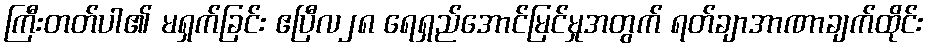
ကြီးတတ်ပါ၏ မရှက်ခြင်း ဧပြီလ၂၈ ရေရှည်အောင်မြင်မှုအတွက် ရတ်ချာအာဏာချက်ထိုင်း